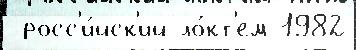
 росс'и́йск'ий ло́кт'ем 1982